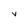
Character: v